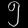
Digit: ၅